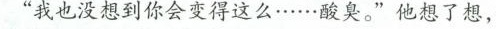
”我也没想到你会变得这么……酸臭。”他想了想，